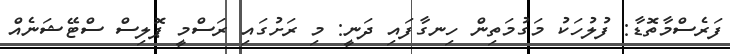
ފަރެސްމާތޮޑާ: ފުލުހަކު މަގުމަތިން ހިނގާފައި ދަނީ: މި ރަށުގައި ރަސްމީ ޕޮލިސް ސްޓޭޝަނެއް